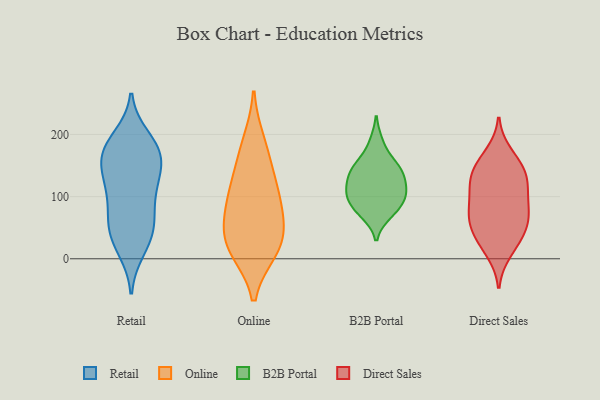
{"axis": {"x": "Active Users", "y": "Value"}, "legend": ["B2B Portal", "Direct Sales", "Online", "Retail"], "data": [{"x": "", "y": 53, "type": "Retail"}, {"x": "", "y": 15, "type": "Retail"}, {"x": "", "y": 175, "type": "Retail"}, {"x": "", "y": 23, "type": "Retail"}, {"x": "", "y": 184, "type": "Retail"}, {"x": "", "y": 163, "type": "Retail"}, {"x": "", "y": 174, "type": "Retail"}, {"x": "", "y": 50, "type": "Retail"}, {"x": "", "y": 136, "type": "Retail"}, {"x": "", "y": 110, "type": "Retail"}, {"x": "", "y": 195, "type": "Retail"}, {"x": "", "y": 62, "type": "Retail"}, {"x": "", "y": 98, "type": "Retail"}, {"x": "", "y": 100, "type": "Retail"}, {"x": "", "y": 171, "type": "Retail"}, {"x": "", "y": 143, "type": "Retail"}, {"x": "", "y": 45, "type": "Retail"}, {"x": "", "y": 138, "type": "Retail"}, {"x": "", "y": 14, "type": "Online"}, {"x": "", "y": 114, "type": "Online"}, {"x": "", "y": 16, "type": "Online"}, {"x": "", "y": 86, "type": "Online"}, {"x": "", "y": 188, "type": "Online"}, {"x": "", "y": 158, "type": "Online"}, {"x": "", "y": 22, "type": "Online"}, {"x": "", "y": 109, "type": "Online"}, {"x": "", "y": 47, "type": "Online"}, {"x": "", "y": 61, "type": "Online"}, {"x": "", "y": 141, "type": "B2B Portal"}, {"x": "", "y": 186, "type": "B2B Portal"}, {"x": "", "y": 140, "type": "B2B Portal"}, {"x": "", "y": 151, "type": "B2B Portal"}, {"x": "", "y": 112, "type": "B2B Portal"}, {"x": "", "y": 105, "type": "B2B Portal"}, {"x": "", "y": 112, "type": "B2B Portal"}, {"x": "", "y": 143, "type": "B2B Portal"}, {"x": "", "y": 105, "type": "B2B Portal"}, {"x": "", "y": 73, "type": "B2B Portal"}, {"x": "", "y": 81, "type": "B2B Portal"}, {"x": "", "y": 83, "type": "B2B Portal"}, {"x": "", "y": 32, "type": "Direct Sales"}, {"x": "", "y": 140, "type": "Direct Sales"}, {"x": "", "y": 67, "type": "Direct Sales"}, {"x": "", "y": 70, "type": "Direct Sales"}, {"x": "", "y": 108, "type": "Direct Sales"}, {"x": "", "y": 25, "type": "Direct Sales"}, {"x": "", "y": 67, "type": "Direct Sales"}, {"x": "", "y": 11, "type": "Direct Sales"}, {"x": "", "y": 157, "type": "Direct Sales"}, {"x": "", "y": 136, "type": "Direct Sales"}, {"x": "", "y": 128, "type": "Direct Sales"}, {"x": "", "y": 169, "type": "Direct Sales"}, {"x": "", "y": 60, "type": "Direct Sales"}, {"x": "", "y": 99, "type": "Direct Sales"}, {"x": "", "y": 95, "type": "Direct Sales"}, {"x": "", "y": 48, "type": "Direct Sales"}, {"x": "", "y": 132, "type": "Direct Sales"}]}